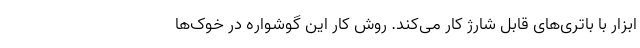
ابزار با باتری‌های قابل شارژ کار می‌کند. روش کار این گوشواره در خوک‌ها